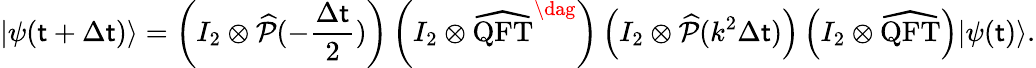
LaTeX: |\psi(\mathsf{t}+\Delta\mathsf{t})\rangle=\left(I_{2}\otimes\widehat{{\mathcal{{P}}}}(-\frac{{\Delta\mathsf{t}}}{{2}})\right)\left(I_{2}\otimes\widehat{{\mathrm{{QFT}}}}^{\dag}\right)\left(I_{2}\otimes\widehat{{\mathcal{{P}}}}(k^{2}\Delta\mathsf{t})\right)\left(I_{2}\otimes\widehat{{\mathrm{{QFT}}}}\right)|\psi(\mathsf{t})\rangle.